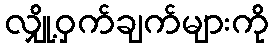
လျှို့ဝှက်ချက်များကို